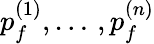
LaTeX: p_{f}^{(1)},\dots\, ,p_{f}^{(n)}